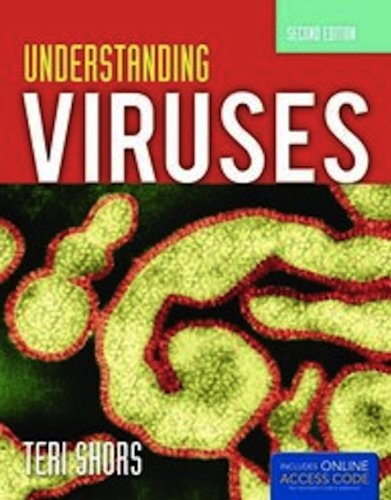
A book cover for Understanding Viruses; Teri Shors; Medical Books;